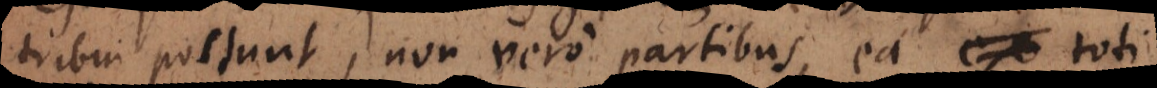
tribui possunt, non vero partibus, ea toti